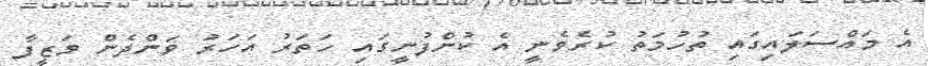
އެ މައްސަލައިގައި ތުހުމަތު ކުރެވެނީ އެ ކުންފުނީގައި ހަތަރު އަހަރު ވަންދެން ވަޒީފާ